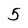
Character: 5